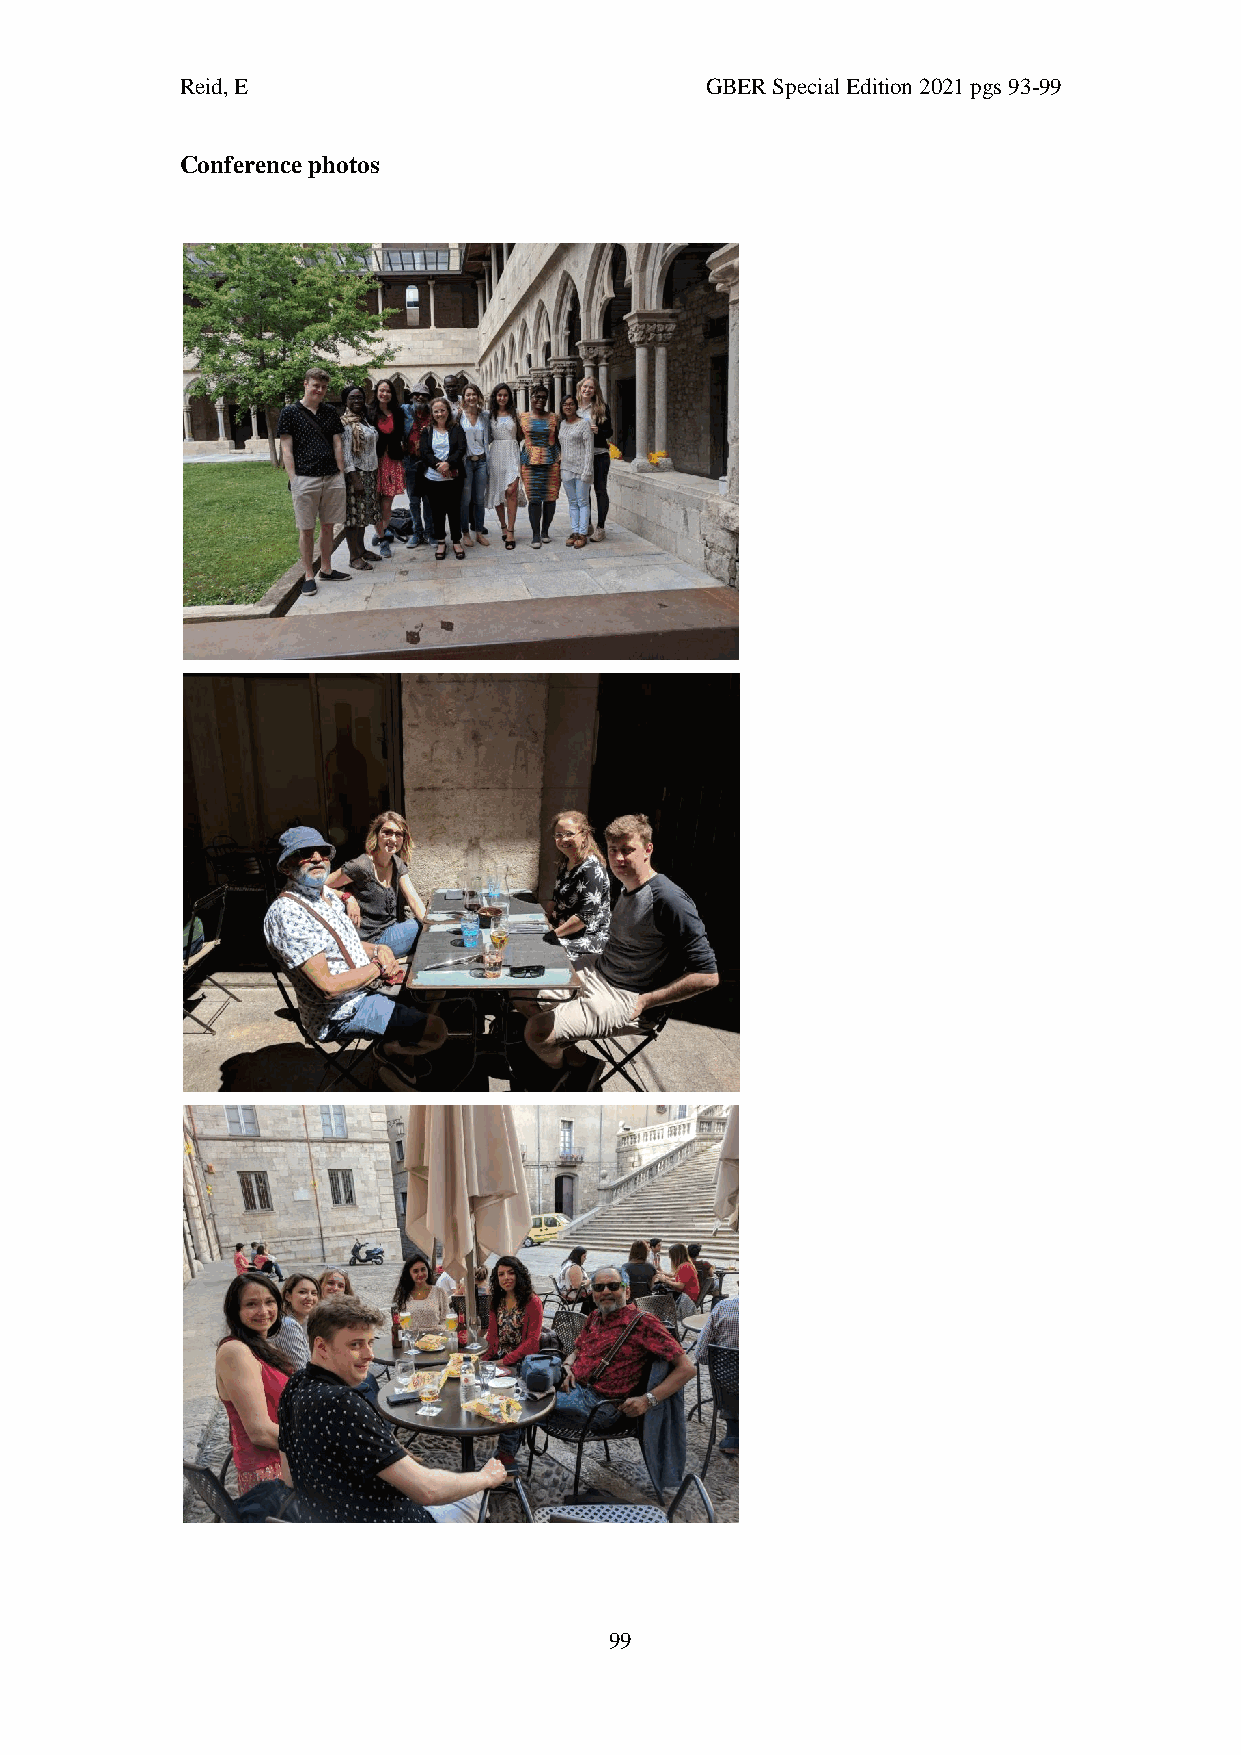
Reid, E                            GBER Special Edition 2021 pgs 93-99
 Conference photos
 99